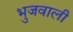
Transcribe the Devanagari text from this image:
भुजवाली